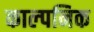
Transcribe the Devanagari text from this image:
काल्‍पनिक